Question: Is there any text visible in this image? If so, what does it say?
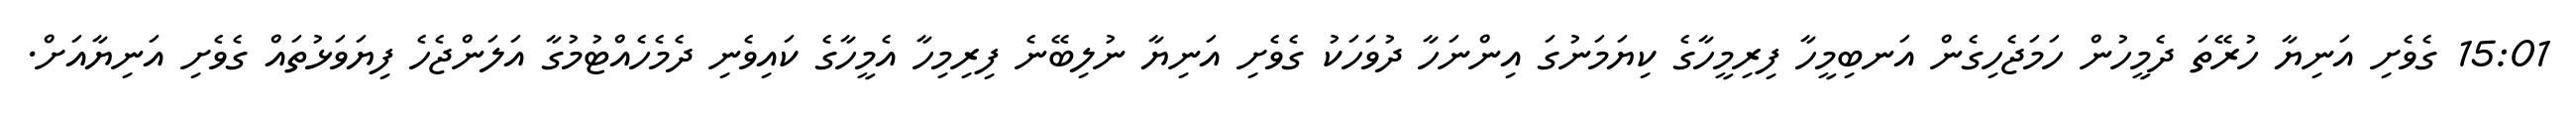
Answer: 15:01 ގެވެށި އަނިޔާ ހުރޭތަ ދެމީހުން ހަމަޖެހިގެން އަނބިމީހާ ފިރިމީހާގެ ކިޔަމަނުގަ އިންނަހާ ދުވަހަކު ގެވެށި އަނިޔާ ނުލިބޭނެ ފިރިމިހާ އެމީހާގެ ކައިވެނި ދެމެހެއްޓުމުގާ އަލަންޖެހެ ފިޔަވަޅުތައް ގެވެށި އަނިޔާއަށް.